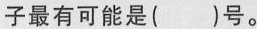
子最有可能是()号。